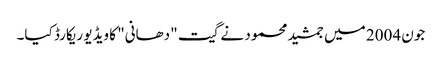
جون 2004 میں جمشید محمود نے گیت "دھانی" کا ویڈیو ریکارڈ کیا۔